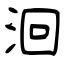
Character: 洄